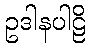
ဥဒါနပါဠိ